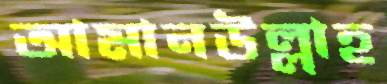
আমানউল্লাহ